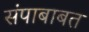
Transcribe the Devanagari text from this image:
संपाबाबत